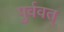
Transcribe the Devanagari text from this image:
पुर्ववत्